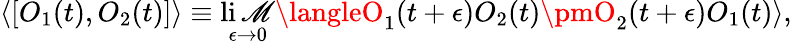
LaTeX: \langle[O_{1}(t),O_{2}(t)]\rangle\equiv\operatorname*{li\mathscr{M}}_{\epsilon\rightarrow0}\langleO_{1}(t+\epsilon)O_{2}(t)\pmO_{2}(t+\epsilon)O_{1}(t)\rangle,